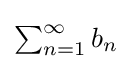
{\textstyle \sum _{n=1}^{\infty }b_{n}}